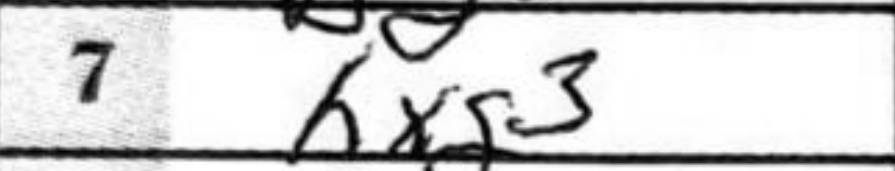
Transcription: hxf3